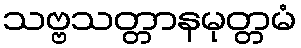
သဗ္ဗသတ္တာနမုတ္တမံ